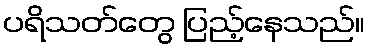
ပရိသတ်တွေ ပြည့်နေသည်။